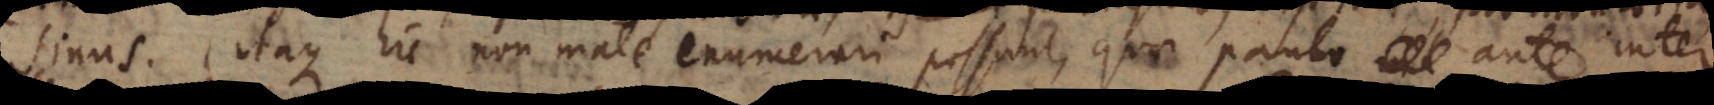
Sinus). Itaque hic non male enumerari possunt, quae paulo ante inter